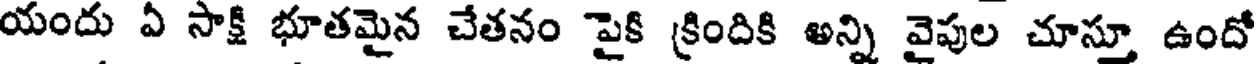
యందు ఏ సాక్షి భూతమైన చేతనం పైకి క్రిందికి అన్ని వైపుల చూస్తూ ఉందో